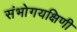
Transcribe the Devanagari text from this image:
संभोगयक्षिणी